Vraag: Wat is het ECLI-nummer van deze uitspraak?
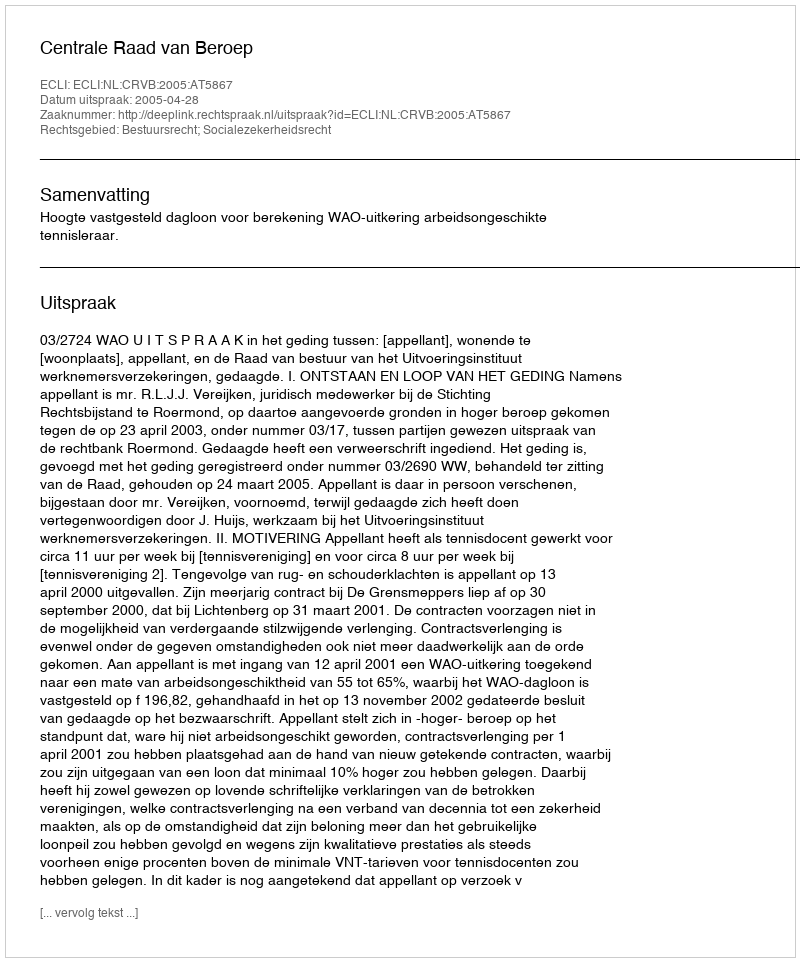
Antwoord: ECLI:NL:CRVB:2005:AT5867